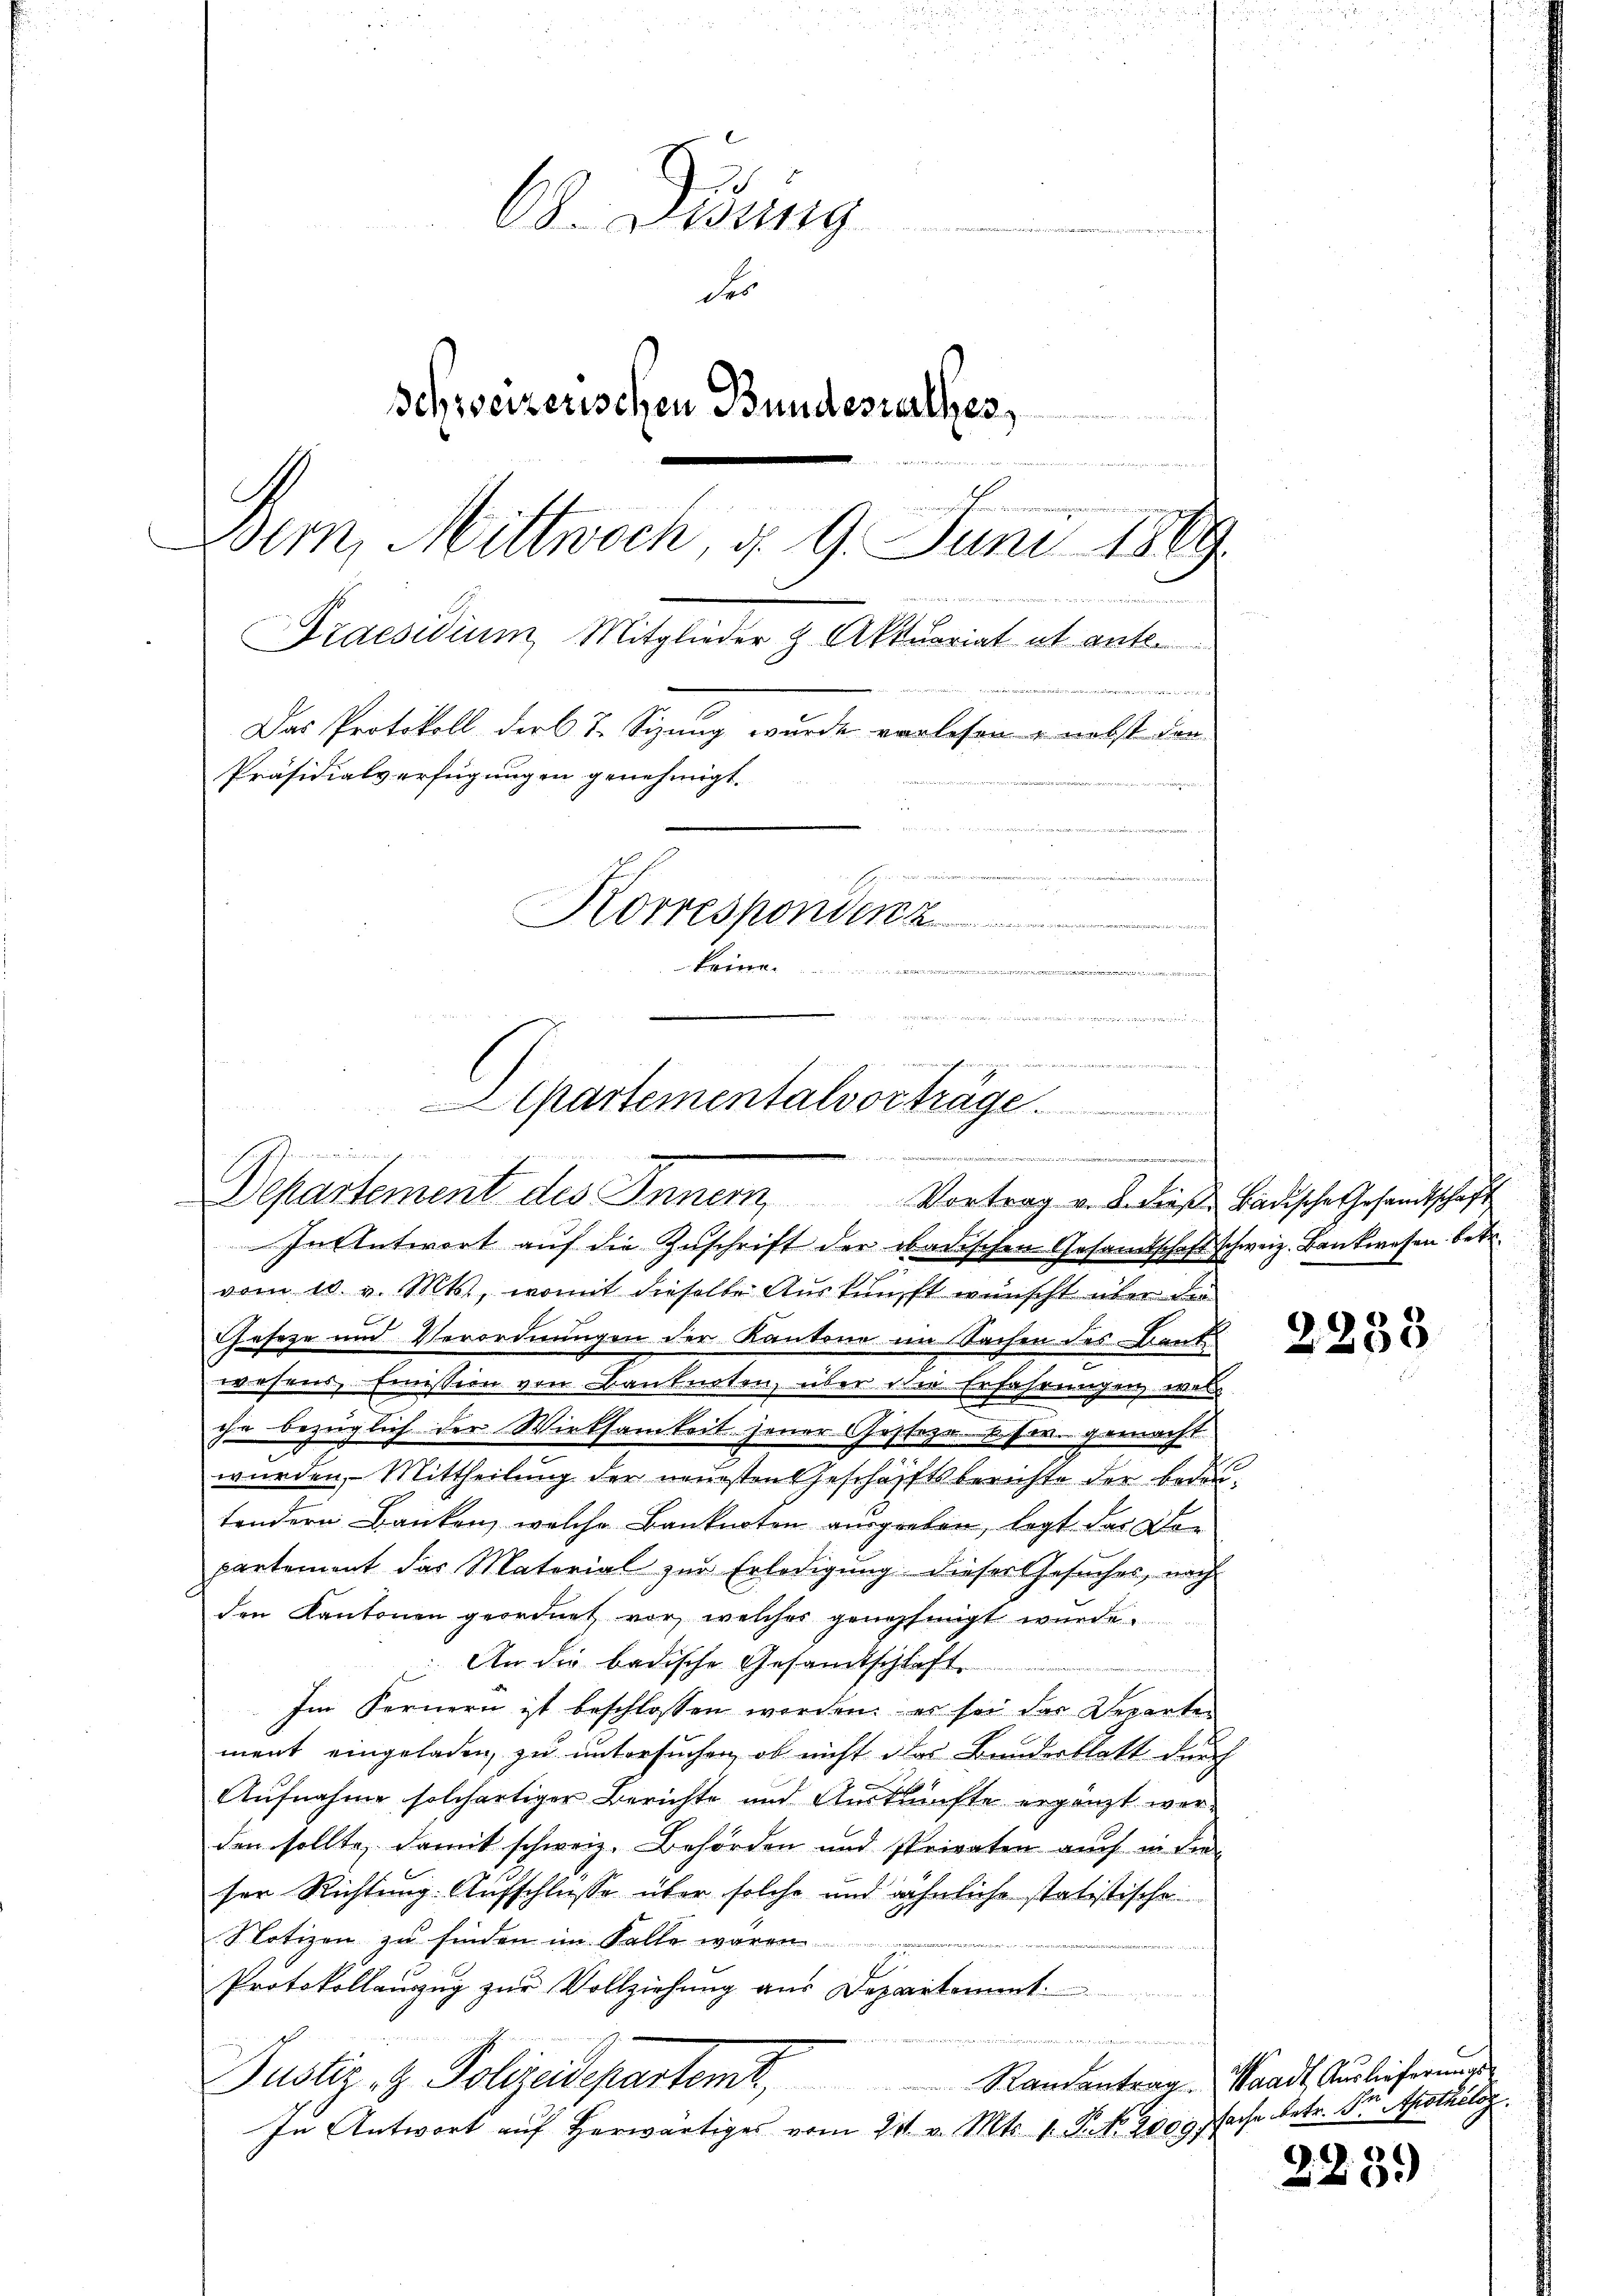
u
68. Lessing
der
Schweizerischen Bundesrathes,
e
r
Bern, Mittwoch, d. 9. Juni 1869.
.
Praesidium Mitglieder & Aktuariat et ank.

Das Protokoll der 67. Sizung wurde vorlesen, nebst den
Präsidialverfügungen genehmigt.

Korresponden
keine
I
  die dann einen seinen

In Antwort aŭf die Zŭschrift der badischen Gesandtschaft schweiz. Bankwesen betr.
vom 10. v. Mts., womit dieselbe Auskunft wünscht über die
Geseze und Verordnungen der Kantone im Sachen des Kant
wesens, Emission von Banknoten, über die Erfahrungen wer
ihr bezüglich der Wirksamkeit jener Gestehe. Oser gemacht
wurden, Mittheilung der neuesten Geschäftsberichte der bedeusondern Banken, welche Banknoten ausgraben, legt der Dor
partement das Material zur Erledigung dieser Gesuches, nach
den Kantonen geordnet vor, welches genehmigt wurde.
An die badische Gesandtschlaft
Im Fernern ist beschlossen worden; es sei das Departen
ment eingeladen, zu untersuchen, ob nicht das Bruderblatt durch
Aufnahme solchertiger Berichte und Auskünfte ergänzt werden sollte, damit schweiz. Behörden und sprivaten auch in die
ser Richtung. Aufschlusse über solche und ähnliche statistische
Notizen zu finden im Falle waren
Protokollauszug zur Vollziehung aus Departament.
wigen
Randantrag. Waadt, Auslieferungs
Justiz- & Polizeidepartemt,
In Antwort auf herwärtiges vom 21. v. Mts. 1. P. No. 2009) fache betr. Dr Apothélog.

Departementalvortrage.
ede der
r und wenn die
Departement des Inner Vortrag u. B. diese badische Gesandtschaft

2233

2239)